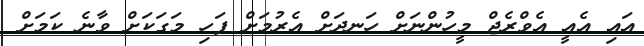
އައި އެއީ އެވްރެޖް މީހުންނަށް ހަނދަށް އެރުމަށް ފަހި މަގަކަށް ވާނެ ކަމަށް